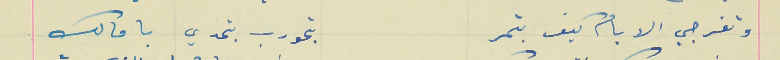
وتفرجي الايام كيف بتمر                                بتحورب بتحدي بامالك